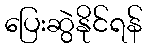
ပြေးဆွဲနိုင်ရန်